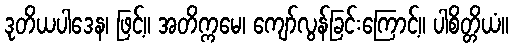
ဒုတိယပါဒေန၊ ဖြင့်။ အတိက္ကမေ၊ ကျော်လွန်ခြင်းကြောင့်။ ပါစိတ္တိယံ။